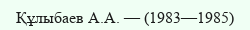
Құлыбаев А.А. — (1983—1985)